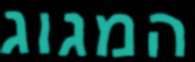
המגוג